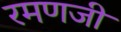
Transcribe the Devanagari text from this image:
रमणजी